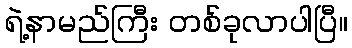
ရဲ့နာမည်ကြီး တစ်ခုလာပါပြီ။